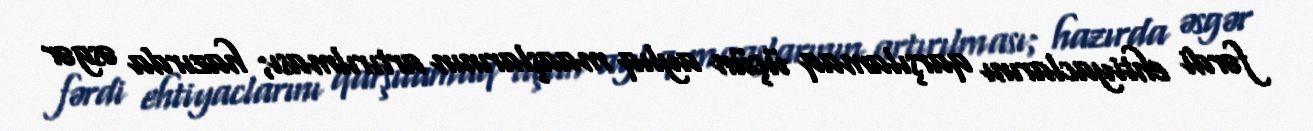
fərdi ehtiyaclarını qarşılamaq üçün aylıq maaşlarının artırılması; hazırda əsgər